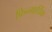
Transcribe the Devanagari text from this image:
फिन्गार्प्रिक